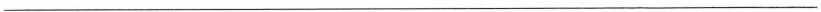
___________________________________________________________________